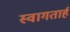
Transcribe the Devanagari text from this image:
स्‍वागतार्ह